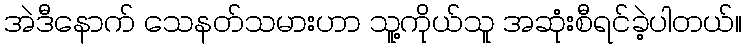
အဲဒီနောက် သေနတ်သမားဟာ သူ့ကိုယ်သူ အဆုံးစီရင်ခဲ့ပါတယ်။